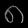
Digit: ၈